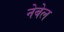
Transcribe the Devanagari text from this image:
नेबेल